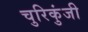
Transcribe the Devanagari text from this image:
चुरिकुंजी